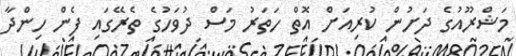
މަޝްރޫއުގެ ދަށުން ކުރިއަށް އޮތް ހަތަރު މަސް ދުވަހުގެ ތެރޭގައި ފެން ހިންދާ